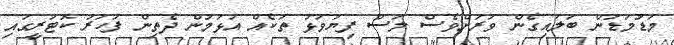
މަޑުމަޑުން ބަލައިގެން ވަރަށްވެސް ލަސް ފިޔަވަޅު ތަކެއް އަޅަމުން ދެތިން ފަހަރު ކޮޓަރީގައި